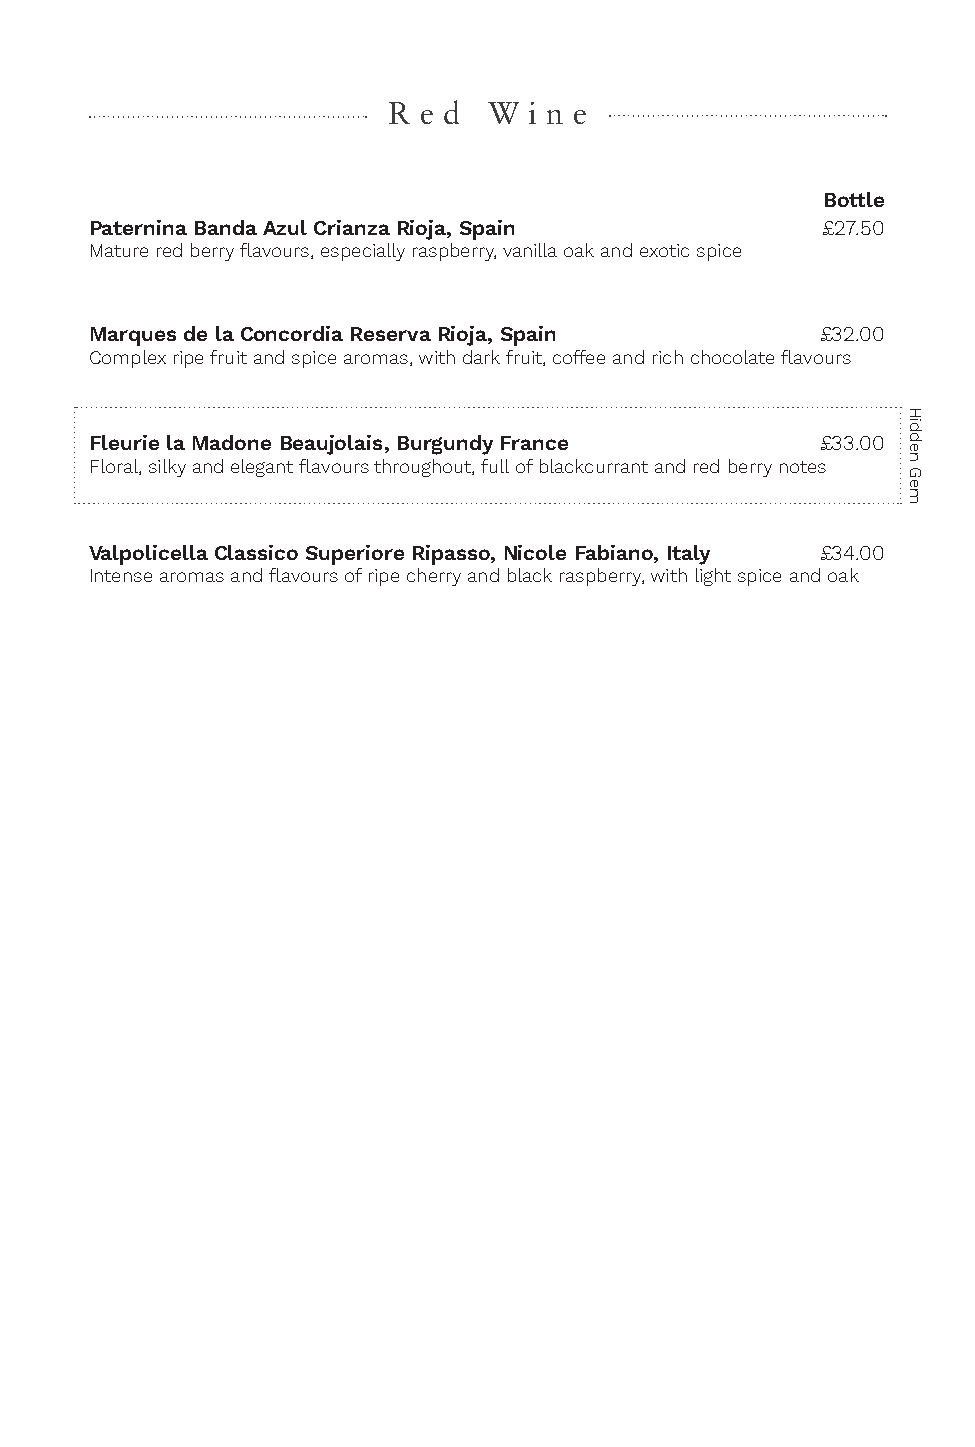
R e d W  i n e
 Bottle
 Paternina Banda Azul Crianza Rioja, Spain       £27.50
 Mature red berry flavours, especially raspberry, vanilla oak and exotic spice
 Marques de la Concordia Reserva Rioja, Spain    £32.00
 Complex ripe fruit and spice aromas, with dark fruit, coffee and rich chocolate flavours
 Fleurie la Madone Beaujolais, Burgundy France   £33.00
 Floral, silky and elegant flavours throughout, full of blackcurrant and red berry notes
 Valpolicella Classico Superiore Ripasso, Nicole Fabiano, Italy £34.00
 Intense aromas and flavours of ripe cherry and black raspberry, with light spice and oak
 Hidden
 Gem